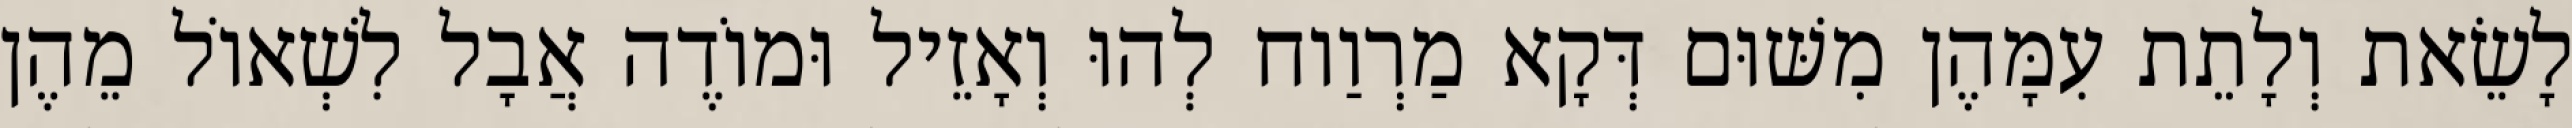
לָשֵׂאת וְלָתֵת עִמָּהֶן מִשּׁוּם דְּקָא מַרְוַוח לְהוּ וְאָזֵיל וּמוֹדֶה אֲבָל לִשְׁאוֹל מֵהֶן